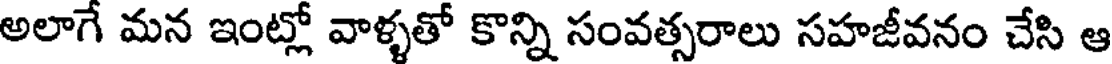
అలాగే మన ఇంట్లో వాళ్ళతో కొన్ని సంవత్సరాలు సహజీవనం చేసి ఆ